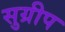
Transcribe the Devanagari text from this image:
सुग्रीप